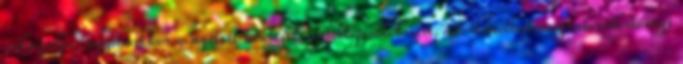
válaszolja, ugyanakkor a nyitott kérdések továbbgondolásért, adott esetben megvalósíthatósági